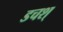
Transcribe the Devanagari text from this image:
डचश्